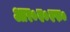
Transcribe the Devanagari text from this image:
आर०ए०एफ०